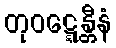
တုဝဋ္ဋေန္တီနံ